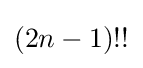
{\textstyle (2n-1)!!}